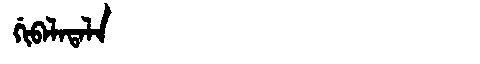
Manchu: ᡤᡳᠪᠠᠯᠠᡨᠠᠯᠠ
Romanization: GIBALATALA